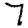
Digit: 7